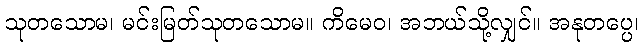
သုတသောမ၊ မင်းမြတ်သုတသောမ။ ကိမေဝ၊ အဘယ်သို့လျှင်။ အနုတပ္ပေ၊